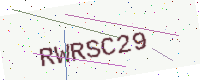
Text: RWRSC29